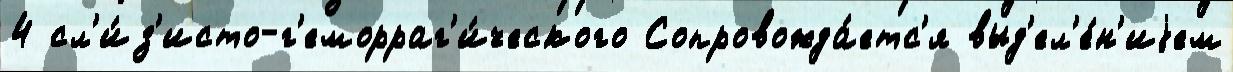
4 сл'и́з'исто-г'еморраг'и́ческого Сопровожда́етс'я выд'ел'е́н'иjем